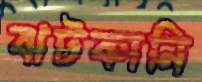
ঝটকানি